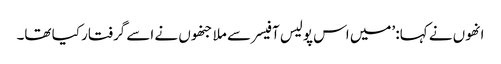
انھوں نے کہا: ’میں اس پولیس آفیسر سے ملا جنھوں نے اسے گرفتار کیا تھا۔